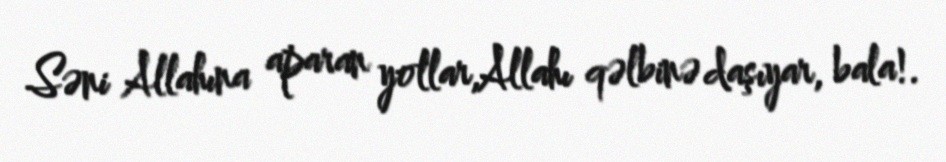
Səni Allahına aparan yollar,Allahı qəlbinə daşıyar, bala!.